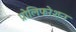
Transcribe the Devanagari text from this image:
प्रोलिफरेशन